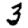
Digit: 3